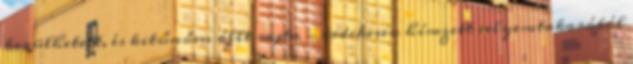
kerülhetett, és kitűnően állt rajta - érdekesen hímzett selyemtakaróból